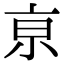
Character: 亰